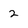
Character: 2